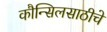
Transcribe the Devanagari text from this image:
कौन्सिलसाठीचे